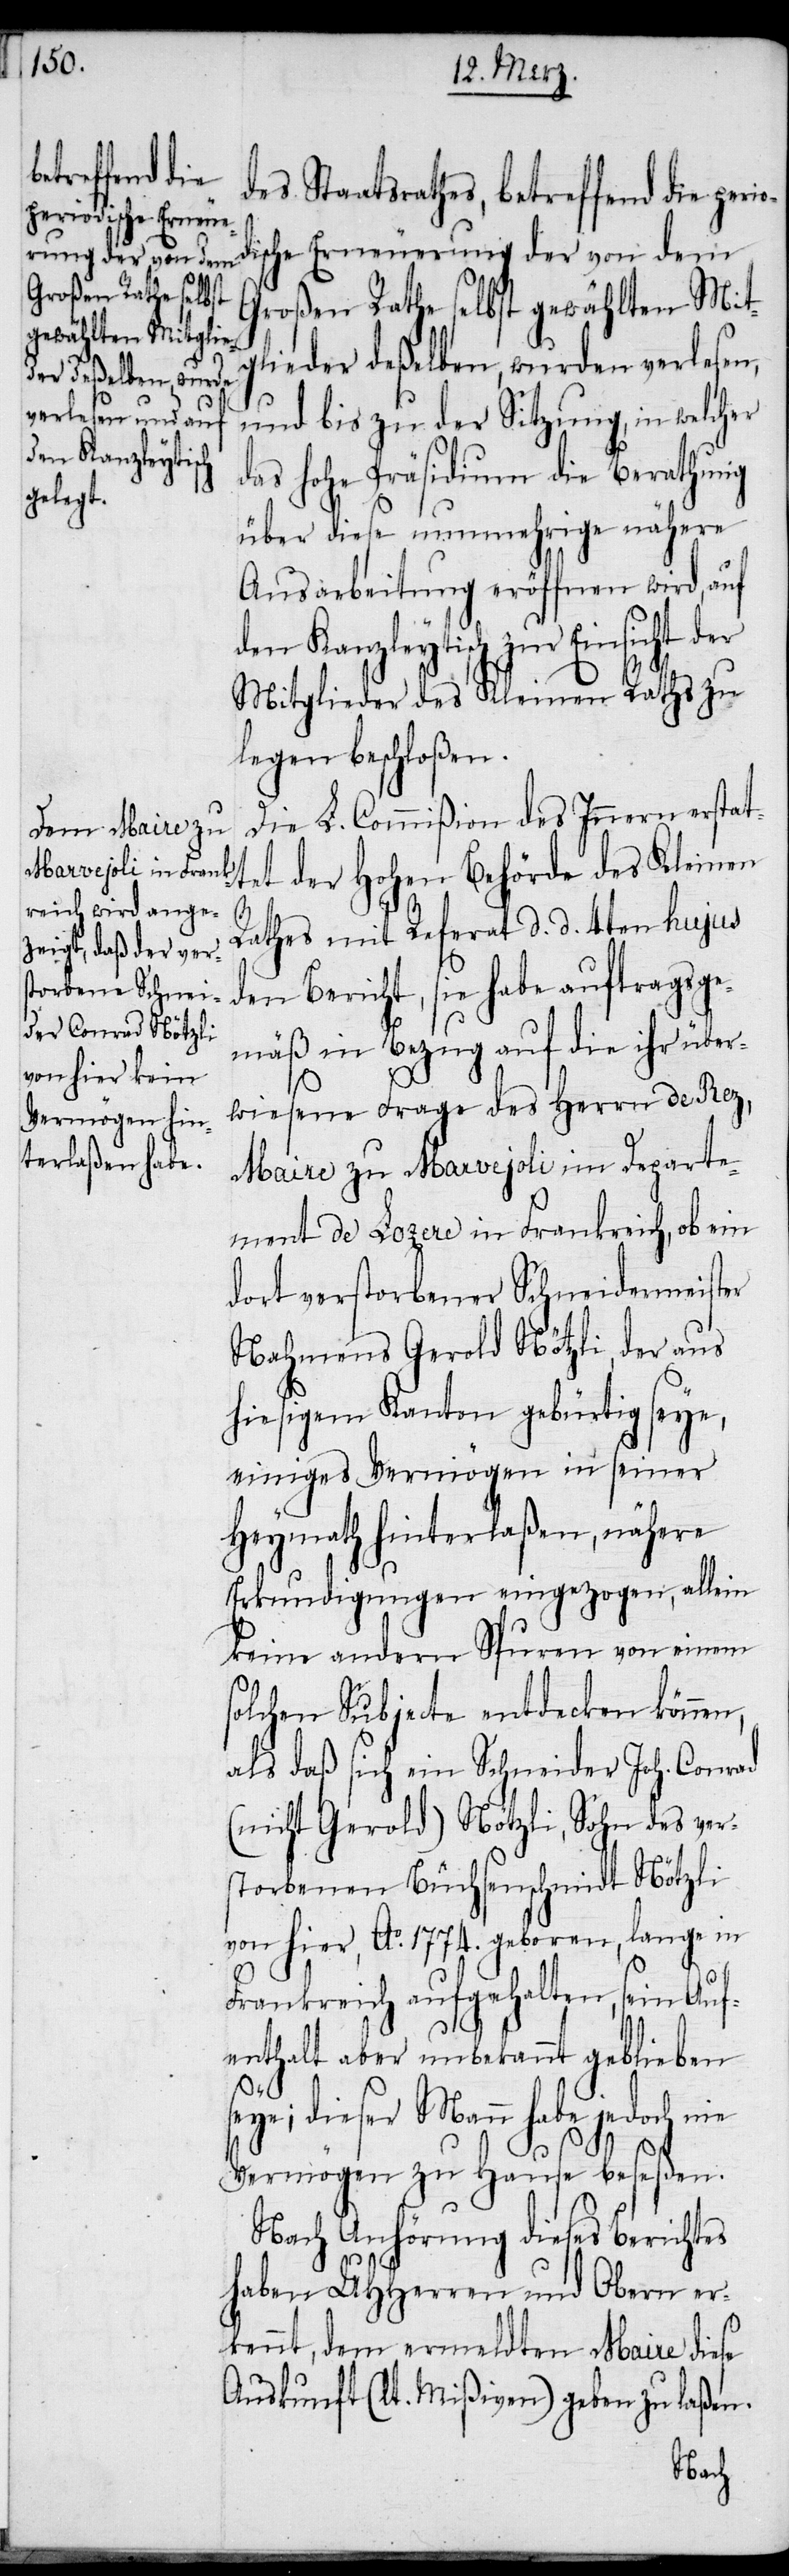
periodische Erneue¬
rung der von dem

des Staatsrathes, betreffend die
Großen Rathe selbst gewählten Mit¬
glieder deßelben, wurden verlesen,
und bis zu der Sitzung, in welcher
das hohe Präsidium die Berathung
über diese nunmehrige nähere
Ausarbeitung eröffnen wird, auf
den Kanzleytisch zur Einsicht der
Mitglieder des Kleinen Raths zu
legen beschloßen.
Die L. Commißion des Innern erstat¬
tet der Hohen Behörde des Kleinen
Rathes mit Referat d. d. 4ten hujus
den Bericht, sie habe auftragsge¬
mäß in Bezug auf die ihr über¬
wiesene Frage des Herrn de Rez,
Maire zu Marvejoli im Departe¬
ment de Lozere in Frankreich, ob ein
dort verstorbener Schneidermeister
Nahmens Gerold Nötzli, der aus
hiesigem Kanton gebürtig seye,
einiges Vermögen in seiner
Heymath hinterlaßen, nähere
Erkundigungen eingezogen, allein
keine andern Spuren von einem
solchen Subjecte entdecken können,
als daß sich ein Schneider Joh. Conrad
(nicht Gerold) Nötzli, Sohn des ver¬
storbenen Büchsenschmidt Nötzli
von hier, Ao. 1774. geboren, lange in
Frankreich aufgehalten, sein Auf¬
enthalt aber unbekannt geblieben s¬
eye; dieser Mann habe jedoch nie
Vermögen zu Hause beseßen.
Nach Anhörung dieses Berichtes
haben UHHerren und Obern er¬
kennt, dem ermeldten Maire diese
Auskunft (lt. Mißiven) geben zu laßen.